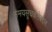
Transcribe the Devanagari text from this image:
समयसूचकतेबद्दल